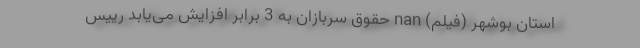
استان بوشهر (فیلم) nan حقوق سربازان به 3 برابر افزایش می‌یابد رییس